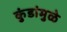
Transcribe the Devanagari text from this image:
कुंडांमुळे